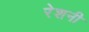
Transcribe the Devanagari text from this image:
रेशनी